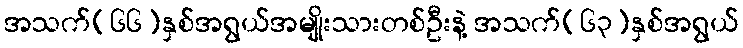
အသက်(၆၆)နှစ်အရွယ်အမျိုးသားတစ်ဦးနဲ့ အသက်(၆၃)နှစ်အရွယ်